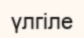
үлгіле